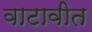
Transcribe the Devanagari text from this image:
वाटावीत